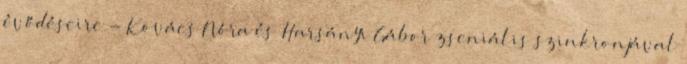
évődéseire - Kovács Nóra és Harsányi Gábor zseniális szinkronjával